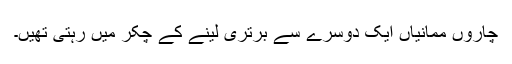
چاروں ممانیاں ایک دوسرے سے برتری لینے کے چکر میں رہتی تھیں۔